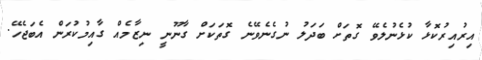
އިރުއިރުކޮޅާ ކުޅެނުލެވޭ ގޮތަށް ބަދަލު ނުގެނެވޭނެ ގޮތަކަށް ގާނޫނީ ނިޒާމެއް ގާއިމުކުރަން އެބަޖެހޭ.